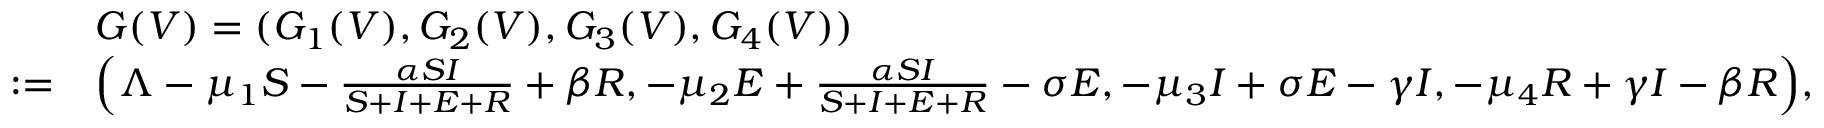
\begin{array} { r l } & { G ( V ) = ( G _ { 1 } ( V ) , G _ { 2 } ( V ) , G _ { 3 } ( V ) , G _ { 4 } ( V ) ) } \\ { : = } & { \Bigl ( \Lambda - \mu _ { 1 } S - \frac { \alpha S I } { S + I + E + R } + \beta R , - \mu _ { 2 } E + \frac { \alpha S I } { S + I + E + R } - \sigma E , - \mu _ { 3 } I + \sigma E - \gamma I , - \mu _ { 4 } R + \gamma I - \beta R \Bigr ) , } \end{array}